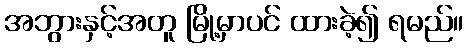
အဘွားနှင့်အတူ မြို့မှာပင် ထားခဲ့၍ ရမည်။